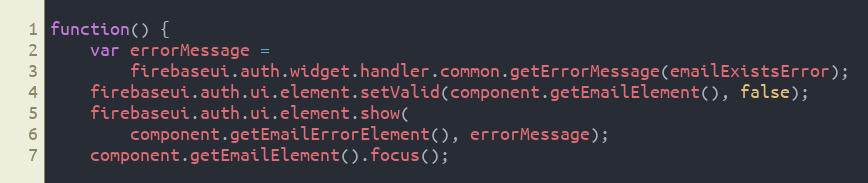
Language: JavaScript
function() {
    var errorMessage =
        firebaseui.auth.widget.handler.common.getErrorMessage(emailExistsError);
    firebaseui.auth.ui.element.setValid(component.getEmailElement(), false);
    firebaseui.auth.ui.element.show(
        component.getEmailErrorElement(), errorMessage);
    component.getEmailElement().focus();